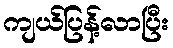
ကျယ်ပြန့်လာပြီး